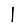
Digit: 1